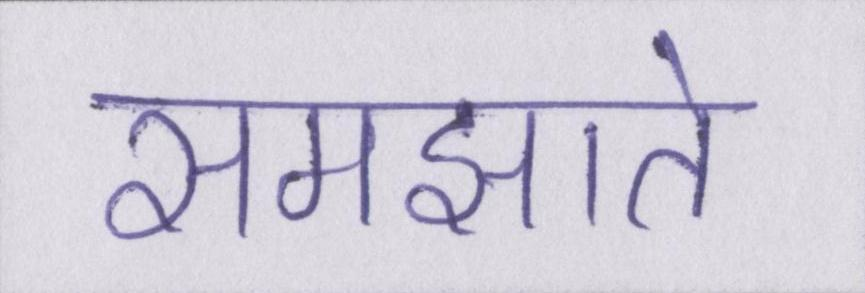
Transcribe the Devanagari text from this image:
समझाते